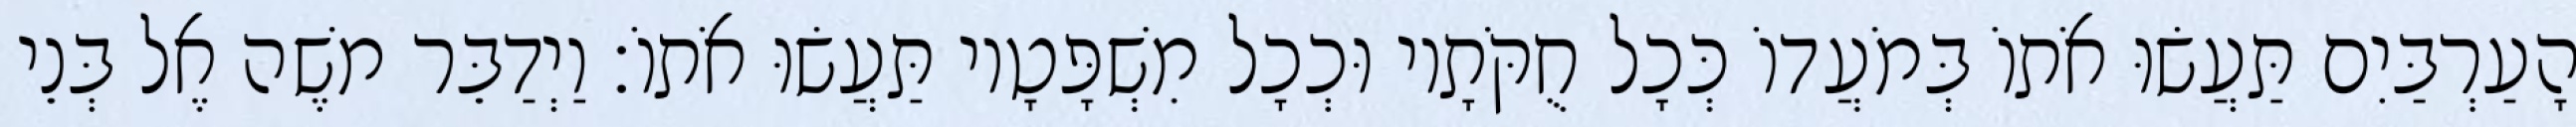
הָעַרְבַּיִם תַּעֲשׂוּ אֹתוֹ בְּמֹעֲדוֹ כְּכָל חֻקֹּתָיו וּכְכָל מִשְׁפָּטָיו תַּעֲשׂוּ אֹתוֹ׃ וַיְדַבֵּר משֶׁה אֶל בְּנֵי